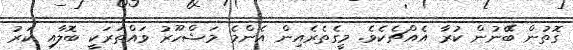
ގޮތުން ބޭުނުން ކުރާ އެއްޗެކެވެ. މީގެތެރެއިން އެންމެ މަޝްހޫރު ވައްތަރަކީ ބޮލާއި ކަރު